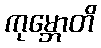
ကုမ္ဘောတိ